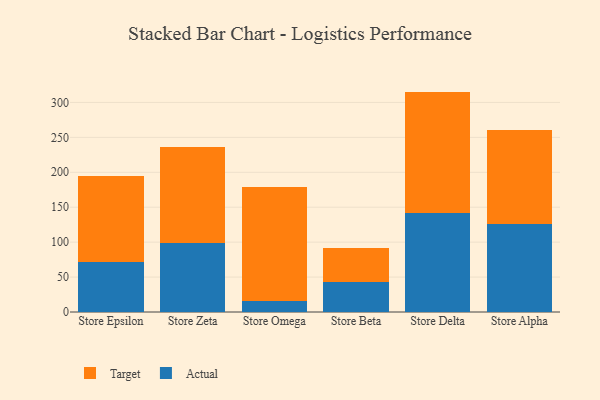
{"axis": {"x": "Store", "y": "Market Share (%)"}, "legend": ["Actual", "Target"], "data": [{"x": "Store Epsilon", "y": 72.1, "type": "Actual"}, {"x": "Store Epsilon", "y": 122.2, "type": "Target"}, {"x": "Store Zeta", "y": 98.6, "type": "Actual"}, {"x": "Store Zeta", "y": 138.0, "type": "Target"}, {"x": "Store Omega", "y": 15.3, "type": "Actual"}, {"x": "Store Omega", "y": 163.4, "type": "Target"}, {"x": "Store Beta", "y": 43.0, "type": "Actual"}, {"x": "Store Beta", "y": 49.0, "type": "Target"}, {"x": "Store Delta", "y": 142.2, "type": "Actual"}, {"x": "Store Delta", "y": 173.3, "type": "Target"}, {"x": "Store Alpha", "y": 125.9, "type": "Actual"}, {"x": "Store Alpha", "y": 134.6, "type": "Target"}]}